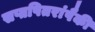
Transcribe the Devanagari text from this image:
सप्तपितरांपैकी